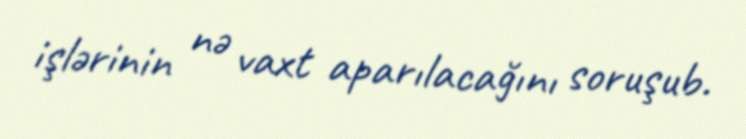
işlərinin nə vaxt aparılacağını soruşub.